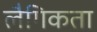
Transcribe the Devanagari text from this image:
लैगिकता